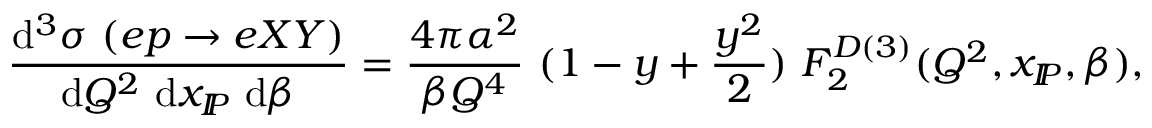
\frac { \mathrm { d } ^ { 3 } \sigma \ ( e p \rightarrow e X Y ) } { \mathrm { d } Q ^ { 2 } \ \mathrm { d } x _ { I \! \! P } \ \mathrm { d } \beta } = \frac { 4 \pi \alpha ^ { 2 } } { \beta Q ^ { 4 } } \ ( 1 - y + \frac { y ^ { 2 } } { 2 } ) \ F _ { 2 } ^ { D ( 3 ) } ( Q ^ { 2 } , x _ { I \! \! P } , \beta ) ,